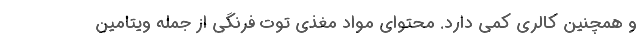
و همچنین کالری کمی دارد. محتوای مواد مغذی توت فرنگی از جمله ویتامین